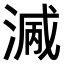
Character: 𣺭